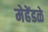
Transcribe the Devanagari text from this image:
मेहेंडळे